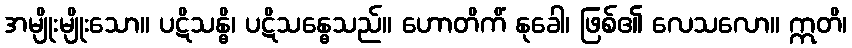
အမျိုးမျိုးသော။ ပဋိသန္ဓိ၊ ပဋိသန္ဓေသည်။ ဟောတိကိံ နုခေါ၊ ဖြစ်၏ လေသလော။ ဣတိ၊